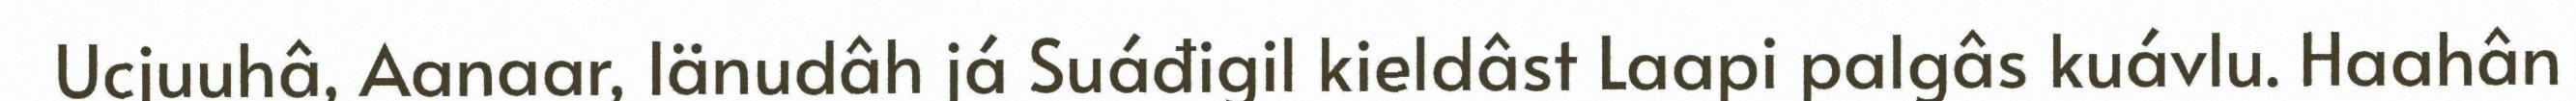
Ucjuuhâ, Aanaar, Iänudâh já Suáđigil kieldâst Laapi palgâs kuávlu. Haahân